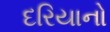
દરિયાનો